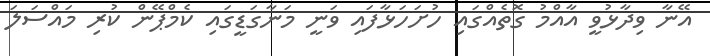
އޭނާ ވިދާޅުވީ އާއްމު ގޮތެއްގައި ހުށަހަޅާފައި ވަނީ މަނާގަޑީގައި ކެމްޕޭން ކުރި މައްސަލަ